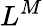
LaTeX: L^{M}